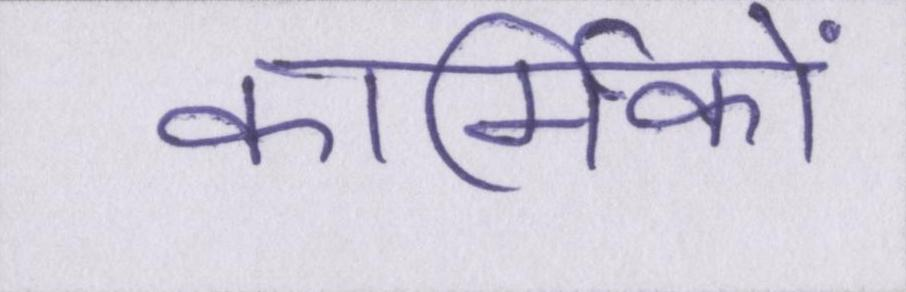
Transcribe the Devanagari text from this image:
कार्मिकों